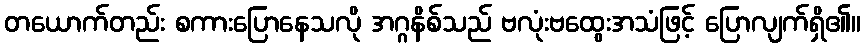
တယောက်တည်း စကားပြောနေသလို အဂ္ဂနိစ်သည် ဗလုံးဗထွေးအသံဖြင့် ပြောလျက်ရှိ၏။